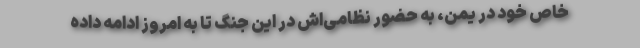
خاص خود در یمن، به حضور نظامی‌اش در این جنگ تا به امروز ادامه داده